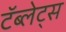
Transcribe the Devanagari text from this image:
टॅब्लेट्‍स